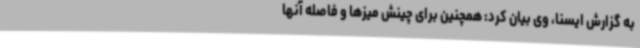
به گزارش ایسنا، وی بیان کرد: همچنین برای چینش میزها و فاصله آنها